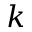
\boldsymbol { k }